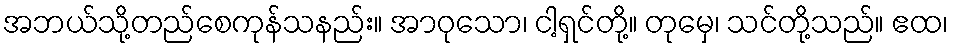
အဘယ်သို့တည်စေကုန်သနည်း။ အာဝုသော၊ ငါ့ရှင်တို့။ တုမှေ၊ သင်တို့သည်။ ဧထ၊